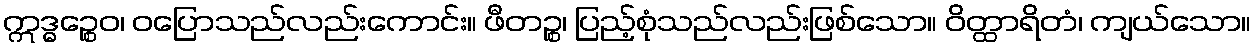
ဣဒ္ဓဉ္စေဝ၊ ဝပြောသည်လည်းကောင်း။ ဖီတဉ္စ၊ ပြည့်စုံသည်လည်းဖြစ်သော။ ဝိတ္ထာရိတံ၊ ကျယ်သော။